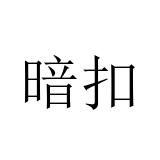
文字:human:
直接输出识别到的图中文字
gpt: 暗扣